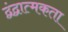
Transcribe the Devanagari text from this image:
द्वंद्वात्मकता